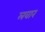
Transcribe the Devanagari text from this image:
लवार